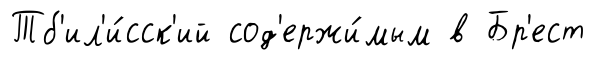
Тб'ил'и́сск'ий сод'ержи́мым в Бр'ест